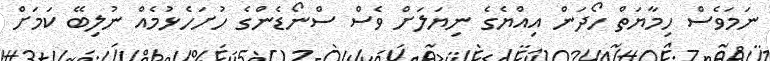
ނަމަވެސް ހިމާޔަތް ހޯދަން އިއްޔެގެ ނިޔަލަށް ވެސް ސްނޯޑެންގެ ހުށަހެޅުމެއް ނުލިބޭ ކަމަށް